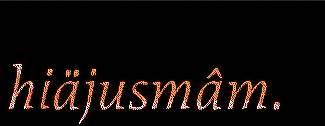
hiäjusmâm.